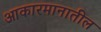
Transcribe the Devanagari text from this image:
आकारमानातील